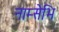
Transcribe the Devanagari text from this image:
नाम्सेभि